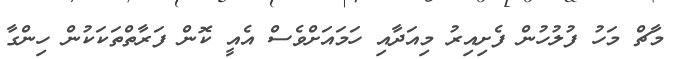
މާޗް މަހު ފުލުހުން ފެށިއިރު މިއަދާއި ހަމައަށްވެސް އެއީ ކޮން ފަރާތްތަކަކުން ހިންގާ